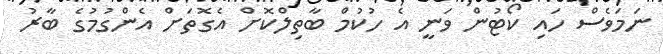
ނަމަވެސް ހައި ކޯޓުން ވަނީ އެ ހުކުމް ބާތިލްކޮށް އެގޮތަށް އެންގުމުގެ ބާރު